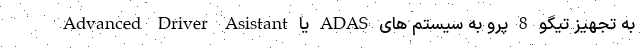
به تجهیز تیگو 8 پرو به سیستم های ADAS یا Advanced Driver Asistant